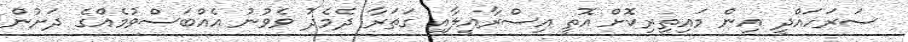
ސަރަހައްދީ އިން މައިތިރިކޮށް އޮތީ އިސްރާއީލާއި ގަތަރާ ދެމެދު ވެވުނު އެއްބަސްވުމެއްގެ ދަށުން